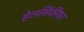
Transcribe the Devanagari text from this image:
हेलसिंकीवर